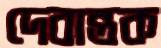
দেবান্তক